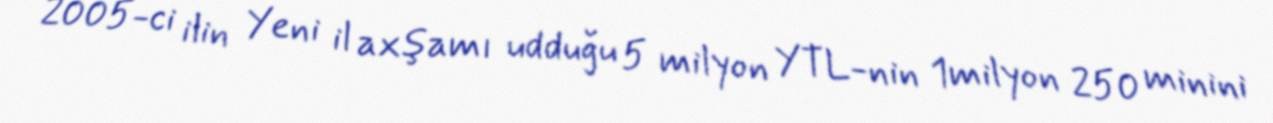
2005-ci ilin Yeni il axşamı udduğu 5 milyon YTL-nin 1milyon 250 minini